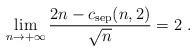
LaTeX: \begin{align*}\lim_{n\to +\infty}\frac{2n-c_{\rm sep} (n,2)}{\sqrt{n}}=2\ . \end{align*}